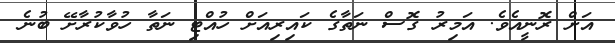
އަށް ރޮނީއެވެ. އަަމިރު ގޮސް ނަތާގެ ކައިރިއަށް ހުއްޓި ނަތާ ހުވާކުރާށޭ ބުނެ